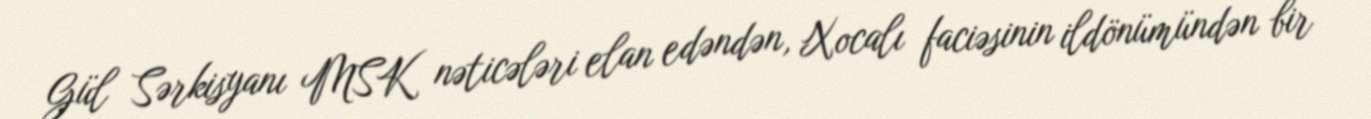
Gül Sərkisyanı MSK nəticələri elan edəndən, Xocalı faciəsinin ildönümündən bir